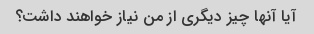
آیا آنها چیز دیگری از من نیاز خواهند داشت؟